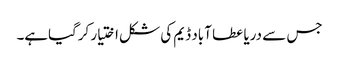
جس سے دریا عطا آباد ڈیم کی شکل اختیار کرگیاہے۔